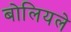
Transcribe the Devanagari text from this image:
बोलियले